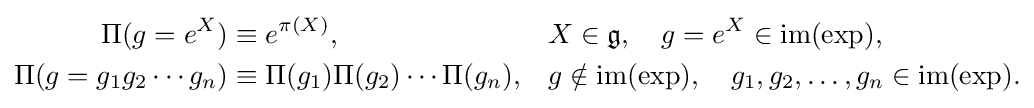
{\begin{aligned}\Pi (g=e^{X})&\equiv e^{\pi (X)},&&X\in {\mathfrak {g}},\quad g=e^{X}\in \operatorname {im} (\exp ),\\\Pi (g=g_{1}g_{2}\cdots g_{n})&\equiv \Pi (g_{1})\Pi (g_{2})\cdots \Pi (g_{n}),&&g\notin \operatorname {im} (\exp ),\quad g_{1},g_{2},\ldots ,g_{n}\in \operatorname {im} (\exp ).\end{aligned}}